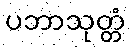
ပဘာသုတ္တံ